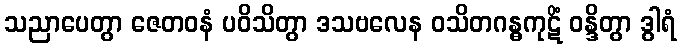
သညာပေတွာ ဇေတဝနံ ပဝိသိတွာ ဒသဗလေန ဝသိတဂန္ဓကုဋိံ ဝန္ဒိတွာ ဒွါရံ